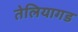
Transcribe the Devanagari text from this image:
तेलियागड